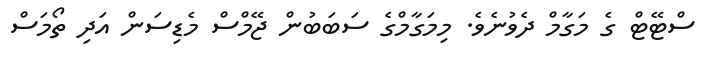
ސްޓޭޓް ގެ މަގާމް ދެވުނެވެ. މިމަގާމްގެ ސަބަބުން ޖޭމްސް މެޑިސަން އަދި ތޯމަސް